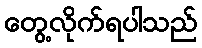
တွေ့လိုက်ရပါသည်